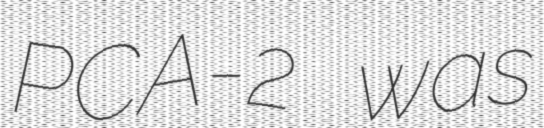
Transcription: PCA-2 was